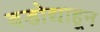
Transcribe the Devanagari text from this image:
बडोद्याहून